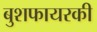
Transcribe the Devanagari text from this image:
बुशफायरकी